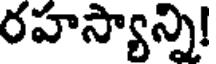
రహస్యాన్ని!